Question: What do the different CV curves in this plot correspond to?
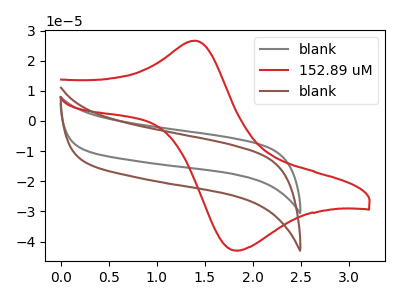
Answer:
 <answer>The gray curve is labeled "blank". The red curve is labeled "152.89 uM". The brown curve is labeled "blank".</answer>
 <eval></eval>